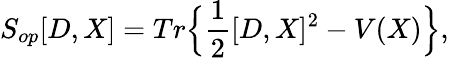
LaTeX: S_{op}[D,X]=Tr\Big\{ \frac{1}{2}[D,X]^{2}-V(X)\Big\} ,